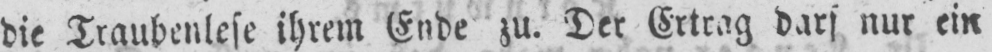
die Traubenlese ihrem Ende zu. Der Ertrag darf nur ein